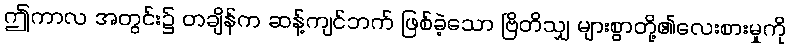
ဤကာလ အတွင်း၌ တချိန်က ဆန့်ကျင်ဘက် ဖြစ်ခဲ့သော ဗြိတိသျှ များစွာတို့၏လေးစားမှုကို